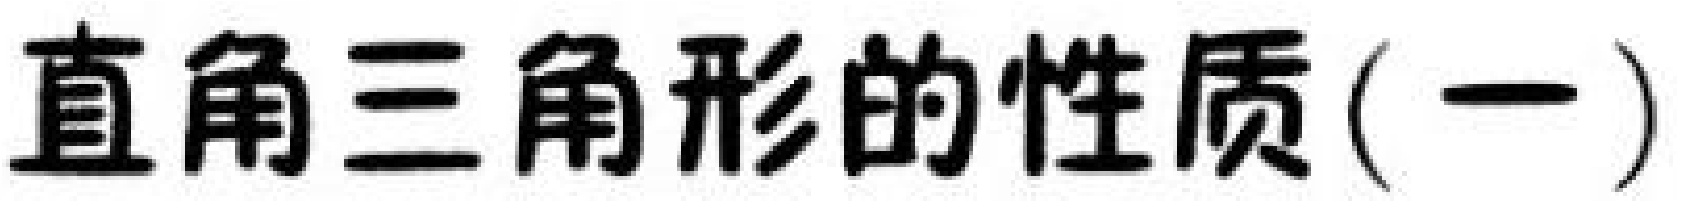
直角三角形的性质(一)